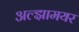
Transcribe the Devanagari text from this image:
अल्झामयर